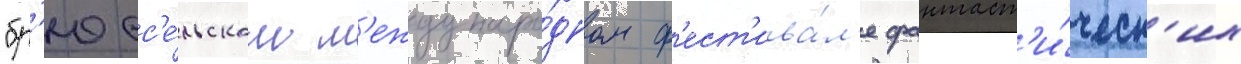
"бр'юсс'е́льском м'еждунаро́дном ф'ест'ива́л'е фантаст'и́ческ'их